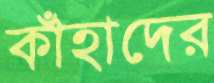
কাঁহাদের